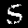
Label: 5